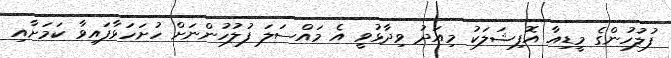
ފުލުހުންގެ މީޑިއާ އޮފިޝަލަކު މިއަދު ވިދާޅުވީ އެ މައްސަލަ ފުލުހުންނަށް ހުށަހަޅާފައިވާ ކަމަށާއި